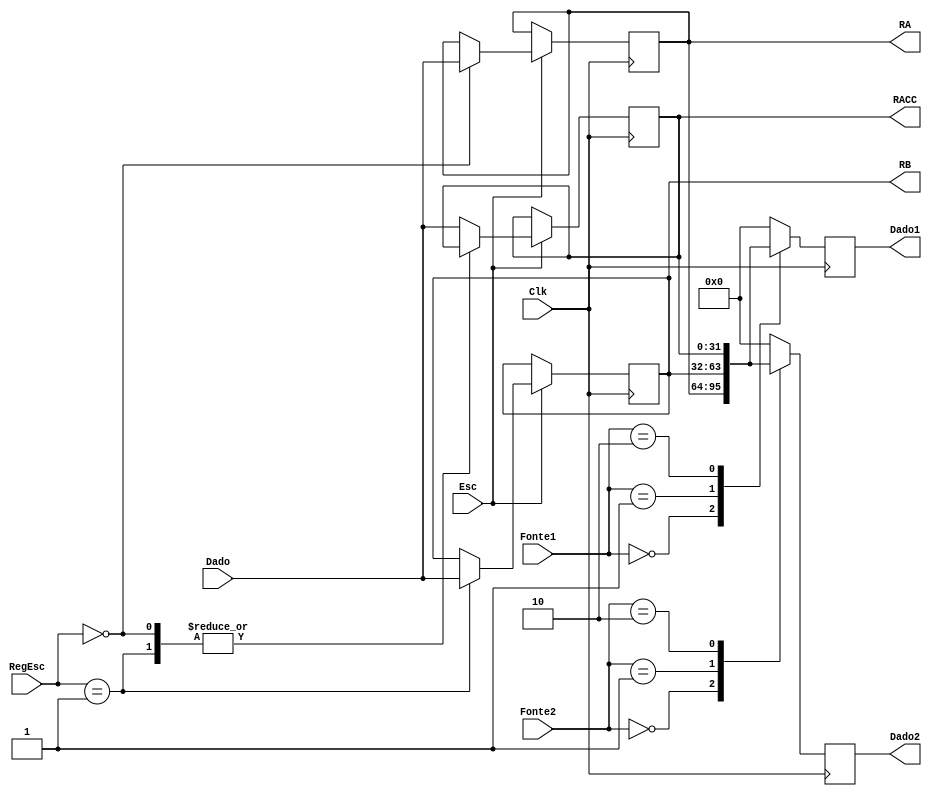
module RegisterFile(
	input wire [1:0] RegEsc, Fonte1, Fonte2,
	input wire Esc, Clk,
	input wire [31:0] Dado,
	output reg [31:0] Dado1, Dado2,
	output wire	[31:0] RA, RB, RACC
);

//declara e assimila os tres registradores
reg [31:0] RegA, RegB, Acc;
assign	RA = RegA;
assign	RB = RegB;
assign	RACC = Acc;


//realiza a gravacao na descida de clock
always @(negedge Clk)
begin
	if (Esc == 1'b1)
	begin
		case(RegEsc)
			2'b00: RegA = Dado;
			2'b01: RegB = Dado;
			default: Acc = Dado;
		endcase
	end
end

//realiza as leituras na subida de clock
always @(posedge Clk)
begin
	//if (Esc == 1'b0)
	//begin
		case(Fonte1)
			2'b00: Dado1 = RegA;
			2'b01: Dado1 = RegB;
			2'b10: Dado1 = Acc;
			default: Dado1 = 32'b0;
		endcase
		case(Fonte2)
			2'b00: Dado2 = RegA;
			2'b01: Dado2 = RegB;
			2'b10: Dado2 = Acc;
			default: Dado2 = 32'b0;
		endcase
	//end
end
endmodule